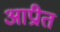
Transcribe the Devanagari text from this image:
आप्रीत